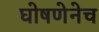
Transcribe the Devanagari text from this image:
घोषणेनेच